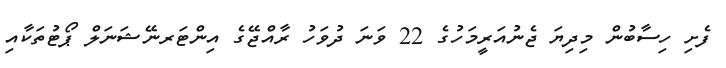
ފެށި ހިސާބުން މިދިޔަ ޖެނުއަރީމަހުގެ 22 ވަނަ ދުވަހު ރާއްޖޭގެ އިންޓަރނޭޝަނަލް ޕޯޓުތަކާއި